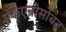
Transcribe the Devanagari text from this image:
मॅकएन्रोसोबत